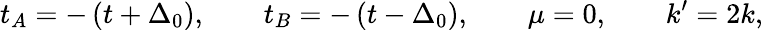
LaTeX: t_{A}=-\left(t+\Delta_{0}\right),\qquad t_{B}=-\left(t-\Delta_{0}\right),\qquad\mu=0,\qquad k^{\prime}=2k,